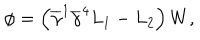
LaTeX: \phi = \left( \overline { { { \gamma } } } ^ { 1 } \overline { { { \gamma } } } ^ { 4 } L _ { 1 } - L _ { 2 } \right) W ,